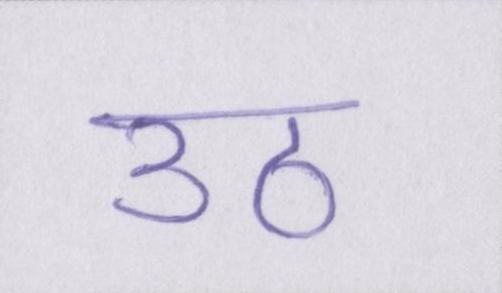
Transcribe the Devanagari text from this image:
उठ